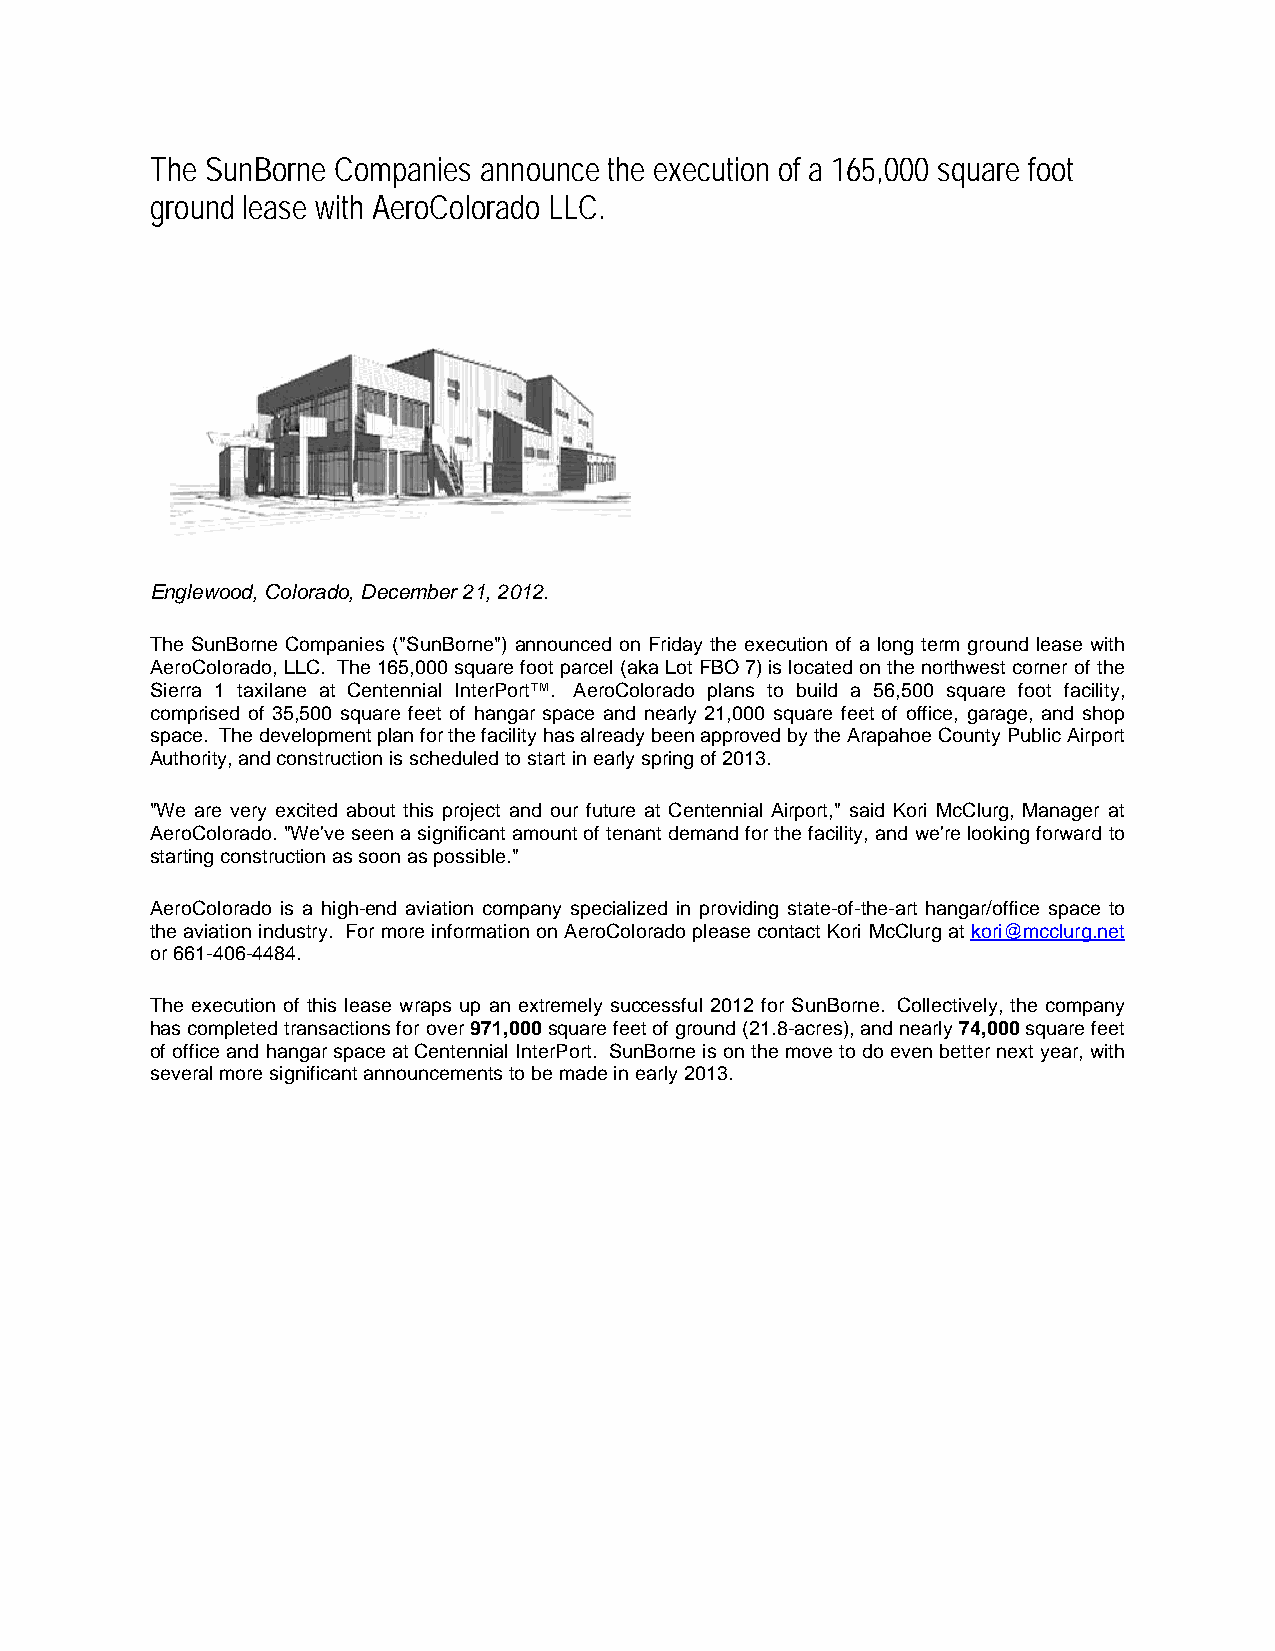
The SunBorne Companies announce the execution of a 165,000 square foot
 ground lease with AeroColorado LLC.
 Englewood, Colorado, December 21, 2012.
 The SunBorne Companies ("SunBorne") announced on Friday the execution of a long term ground lease with
 AeroColorado, LLC. The 165,000 square foot parcel (aka Lot FBO 7) is located on the northwest corner of the
 Sierra 1 taxilane at Centennial InterPort™. AeroColorado plans to build a 56,500 square foot facility,
 comprised of 35,500 square feet of hangar space and nearly 21,000 square feet of office, garage, and shop
 space. The development plan for the facility has already been approved by the Arapahoe County Public Airport
 Authority, and construction is scheduled to start in early spring of 2013.
 "We are very excited about this project and our future at Centennial Airport," said Kori McClurg, Manager at
 AeroColorado. "We've seen a significant amount of tenant demand for the facility, and we're looking forward to
 starting construction as soon as possible."
 AeroColorado is a high-end aviation company specialized in providing state-of-the-art hangar/office space to
 the aviation industry. For more information on AeroColorado please contact Kori McClurg at kori@mcclurg.net
 or 661-406-4484.
 The execution of this lease wraps up an extremely successful 2012 for SunBorne. Collectively, the company
 has completed transactions for over 971,000 square feet of ground (21.8-acres), and nearly 74,000 square feet
 of office and hangar space at Centennial InterPort. SunBorne is on the move to do even better next year, with
 several more significant announcements to be made in early 2013.